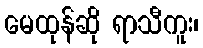
မေထုန်ဆို ရာသီကူး၊